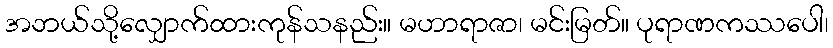
အဘယ်သို့လျှောက်ထားကုန်သနည်း။ မဟာရာဇာ၊ မင်းမြတ်။ ပုရာဏကဿပေါ၊